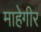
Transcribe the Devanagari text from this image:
माहेगीर